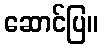
ဆောင်ပြ။